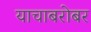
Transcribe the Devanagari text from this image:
याचाबरोबर